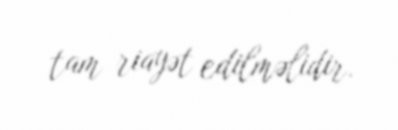
tam riayət edilməlidir.